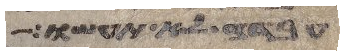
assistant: עבדה לא תעשו